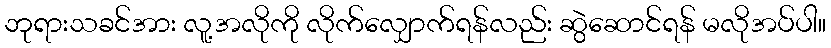
ဘုရားသခင်အား လူ့အလိုကို လိုက်လျှောက်ရန်လည်း ဆွဲဆောင်ရန် မလိုအပ်ပါ။